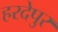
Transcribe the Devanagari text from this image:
हरदेपुर